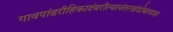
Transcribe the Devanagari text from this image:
गावपांढरीहिकादंबरीत्यानंतरखंडोबायात्रा